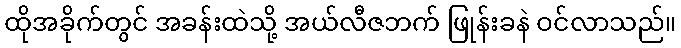
ထိုအခိုက်တွင် အခန်းထဲသို့ အယ်လီဇဘက် ဖြုန်းခနဲ ဝင်လာသည်။